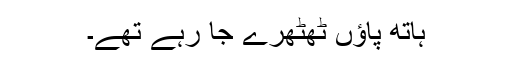
ہاتھ پاؤں ٹھٹھرے جا رہے تھے۔